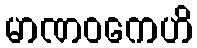
မာဏဝကေဟိ